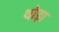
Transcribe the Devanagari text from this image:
थो़ड़ा